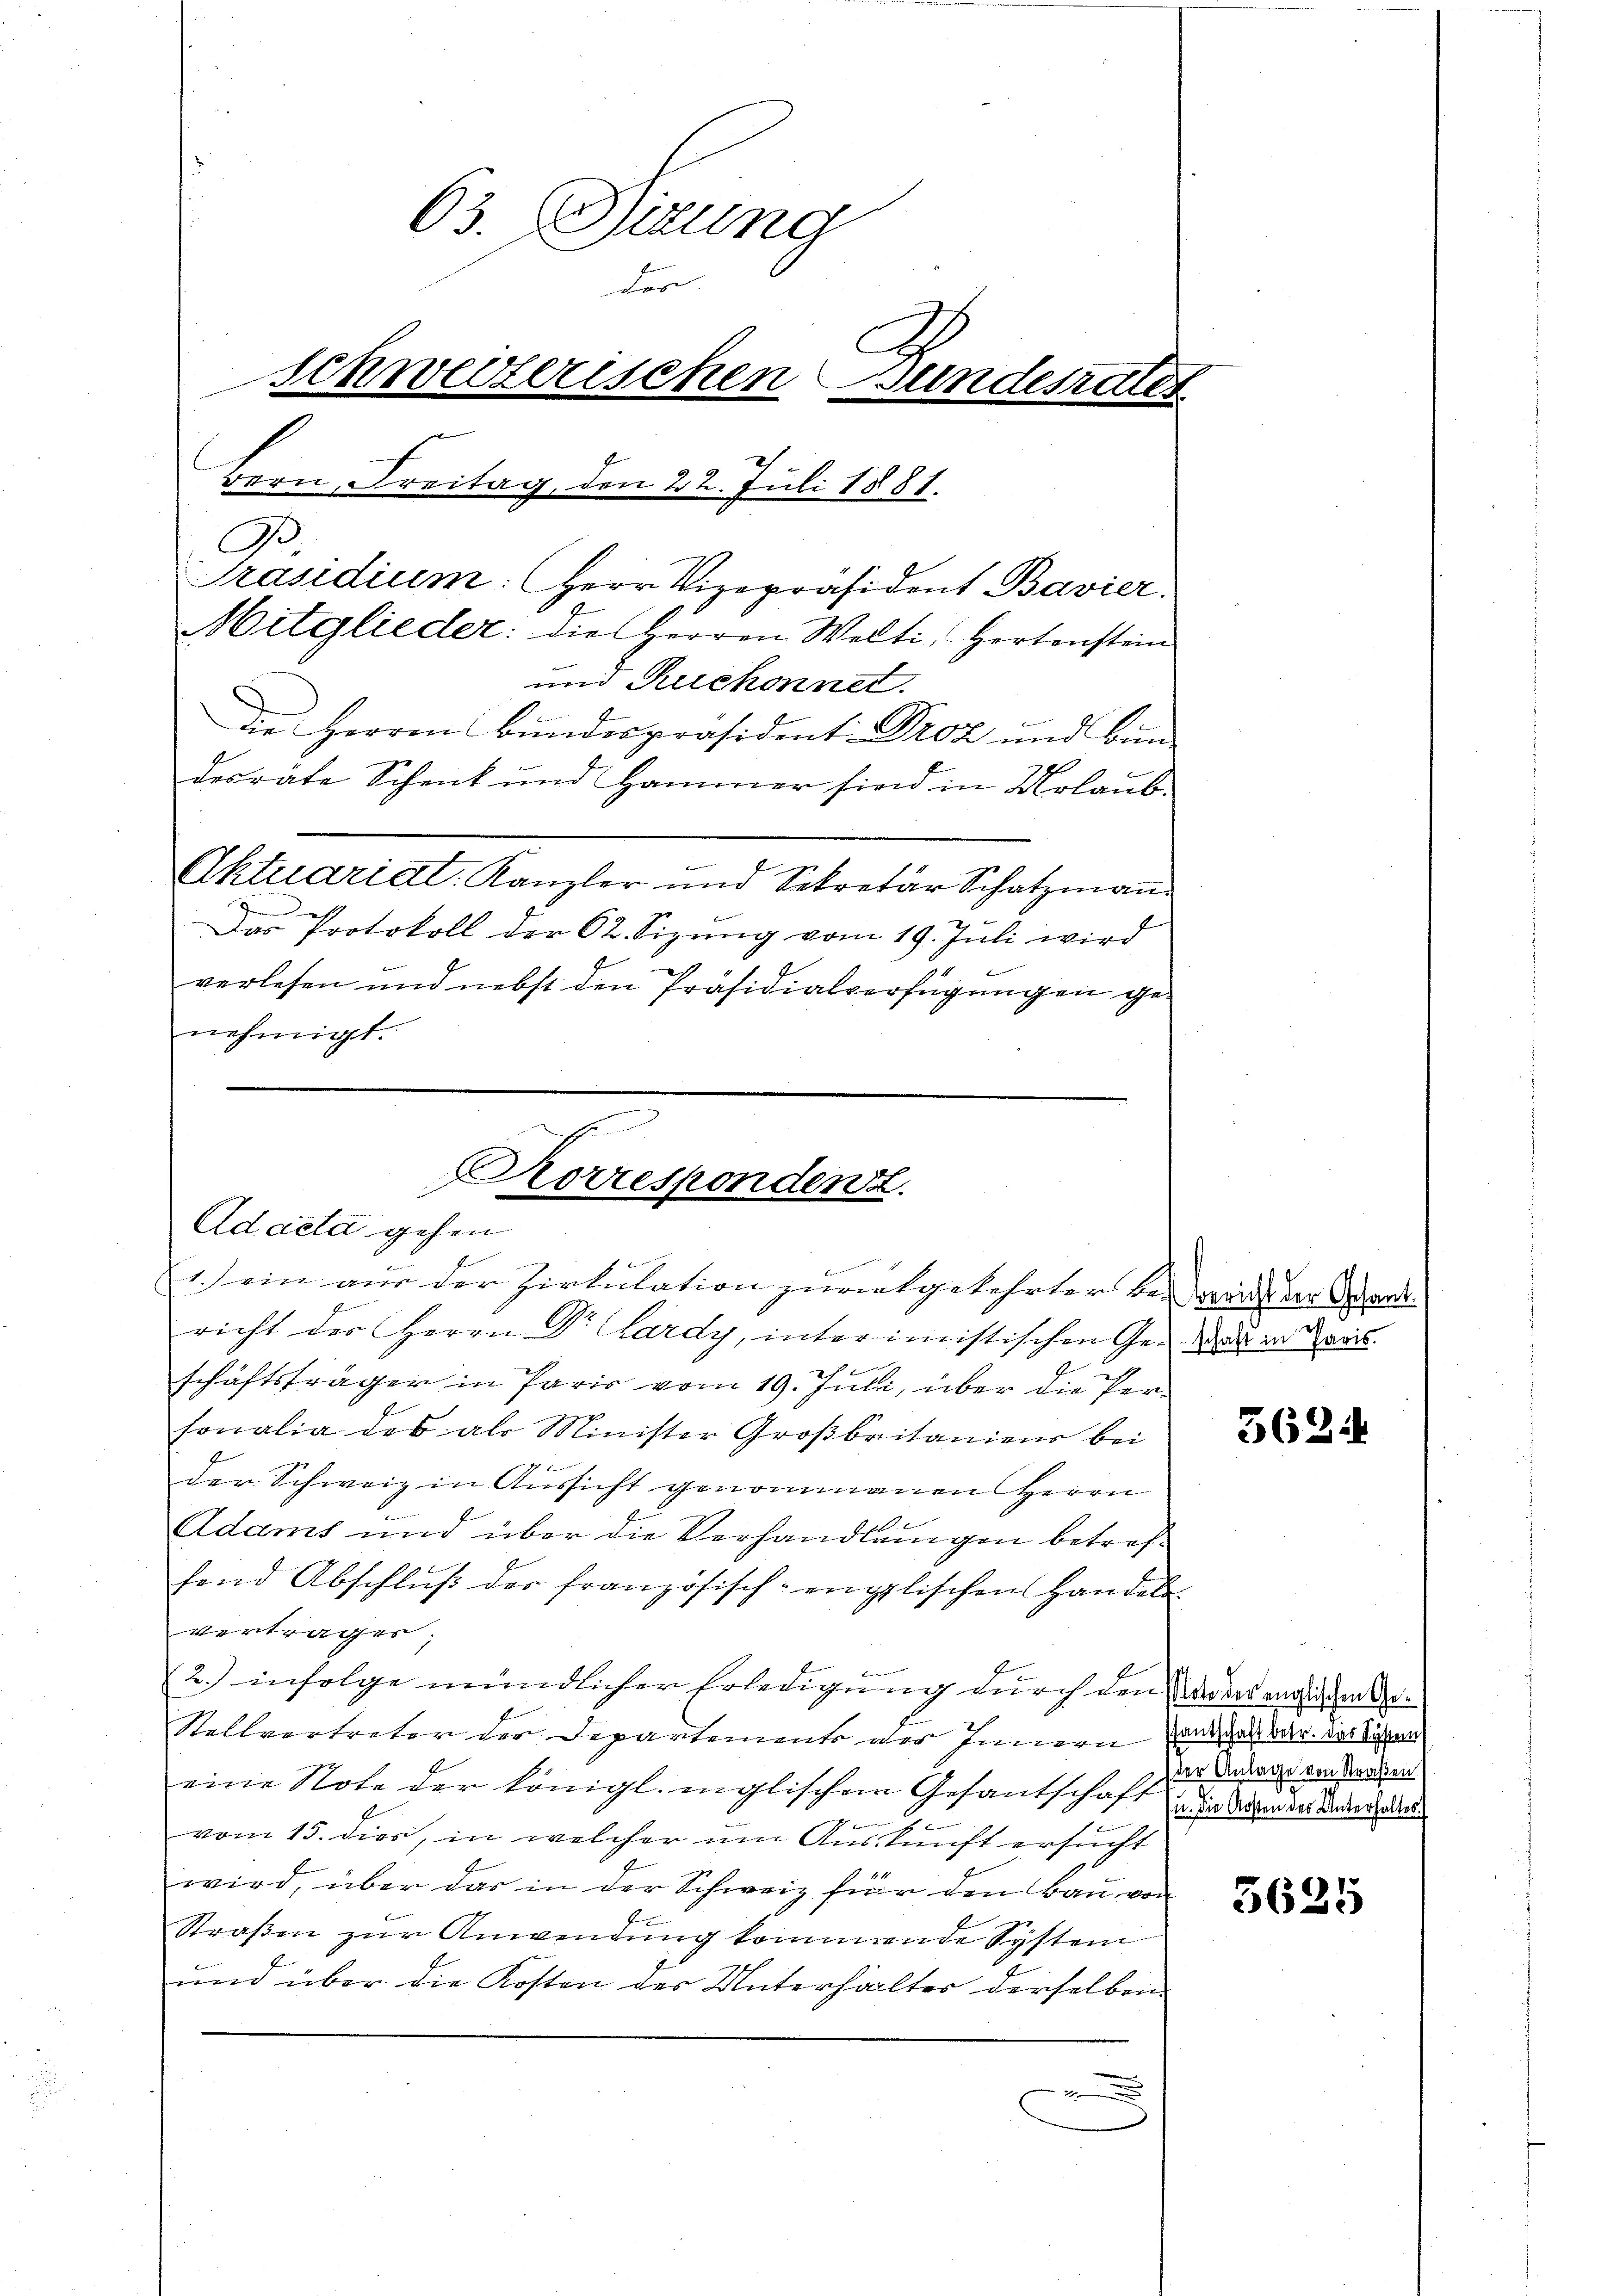
63. Dirung
des
Schweizerischen Sundesrates
Bern, Freitag, den 22. Juli 1881.
A.
Präsidium: Herr Vizepräsident Bavier.
Mitglieder: die Herren Welti, Hertenstein
und Ruchonnet.
die Herren Bŭndespräsident Droz und Bün¬
Derräte Schenk und Hammer sind in Urlaub¬
Aktuariat. Kanzler und Sekretär Schatzmann
Das Protokoll der 62. Sizŭng vom 19. Juli wird

c
verlesen und nebst den Präsidialverfügungen genehmigt.

Korrespondenzt.
Adacta gehen

1 sein aus der Zirkulation zurückgekehrter bei weit der Schandricht der Herrn Dr. Lardy, interimistischen Ge- er in Kreis
schäftsträger in Paris vom 19. Juli, über die Personalia des als Minister Großbritaniens bei
der Schweiz in Aussicht genommenen Herrn
Adams und über die Verhandlungen betreffend Abschlŭβ der französisch-englischen Handel
vertrages;
2.) infolge mündlicher Erledigung durch den Ander englichen der
Stellvertreter der Departements der Innern und das war das System
eine Note der Königl. inglischen Gesandschaft in daher der Mader aus
vom 15. dies, in welcher um Auskunft ersucht
wird, über das in der Schweiz für den Bau vor
Straßen zur Anwendung kommende System
und über die Kosten des Unterhalter derselben

5624

der Anlage von Straßen

3625